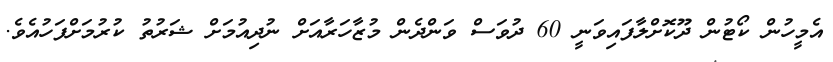
އެމީހުން ކޯޓުން ދޫކޮށްލާފައިވަނީ 60 ދުވަސް ވަންދެން މުޒާހަރާއަށް ނުދިއުމަށް ޝަރުތު ކުރުމަށްފަހުއެވެ.